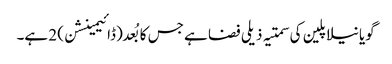
گویا نیلا پلین کی سمتیہ ذیلی فضا ہے جس کا بُعد (ڈائیمینشن) 2 ہے۔